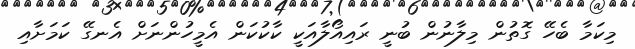
މިކަމާ ބެހޭ ގޮތުން މިލާނުން ބުނީ ރައިއޯލާއަކީ ކާކުކަން އެމީހުންނަށް އެނގޭ ކަމަށާއި